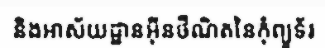
និងអាស័យដ្ឋានអ៊ីនថឺណិតនៃកុំព្យូទ័រ